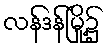
လန်ဒန်မြို့၌